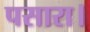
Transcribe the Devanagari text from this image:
पसारा।